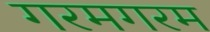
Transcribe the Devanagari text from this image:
गरमगरम